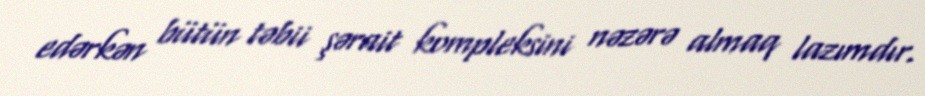
edərkən bütün təbii şərait kompleksini nəzərə almaq lazımdır.